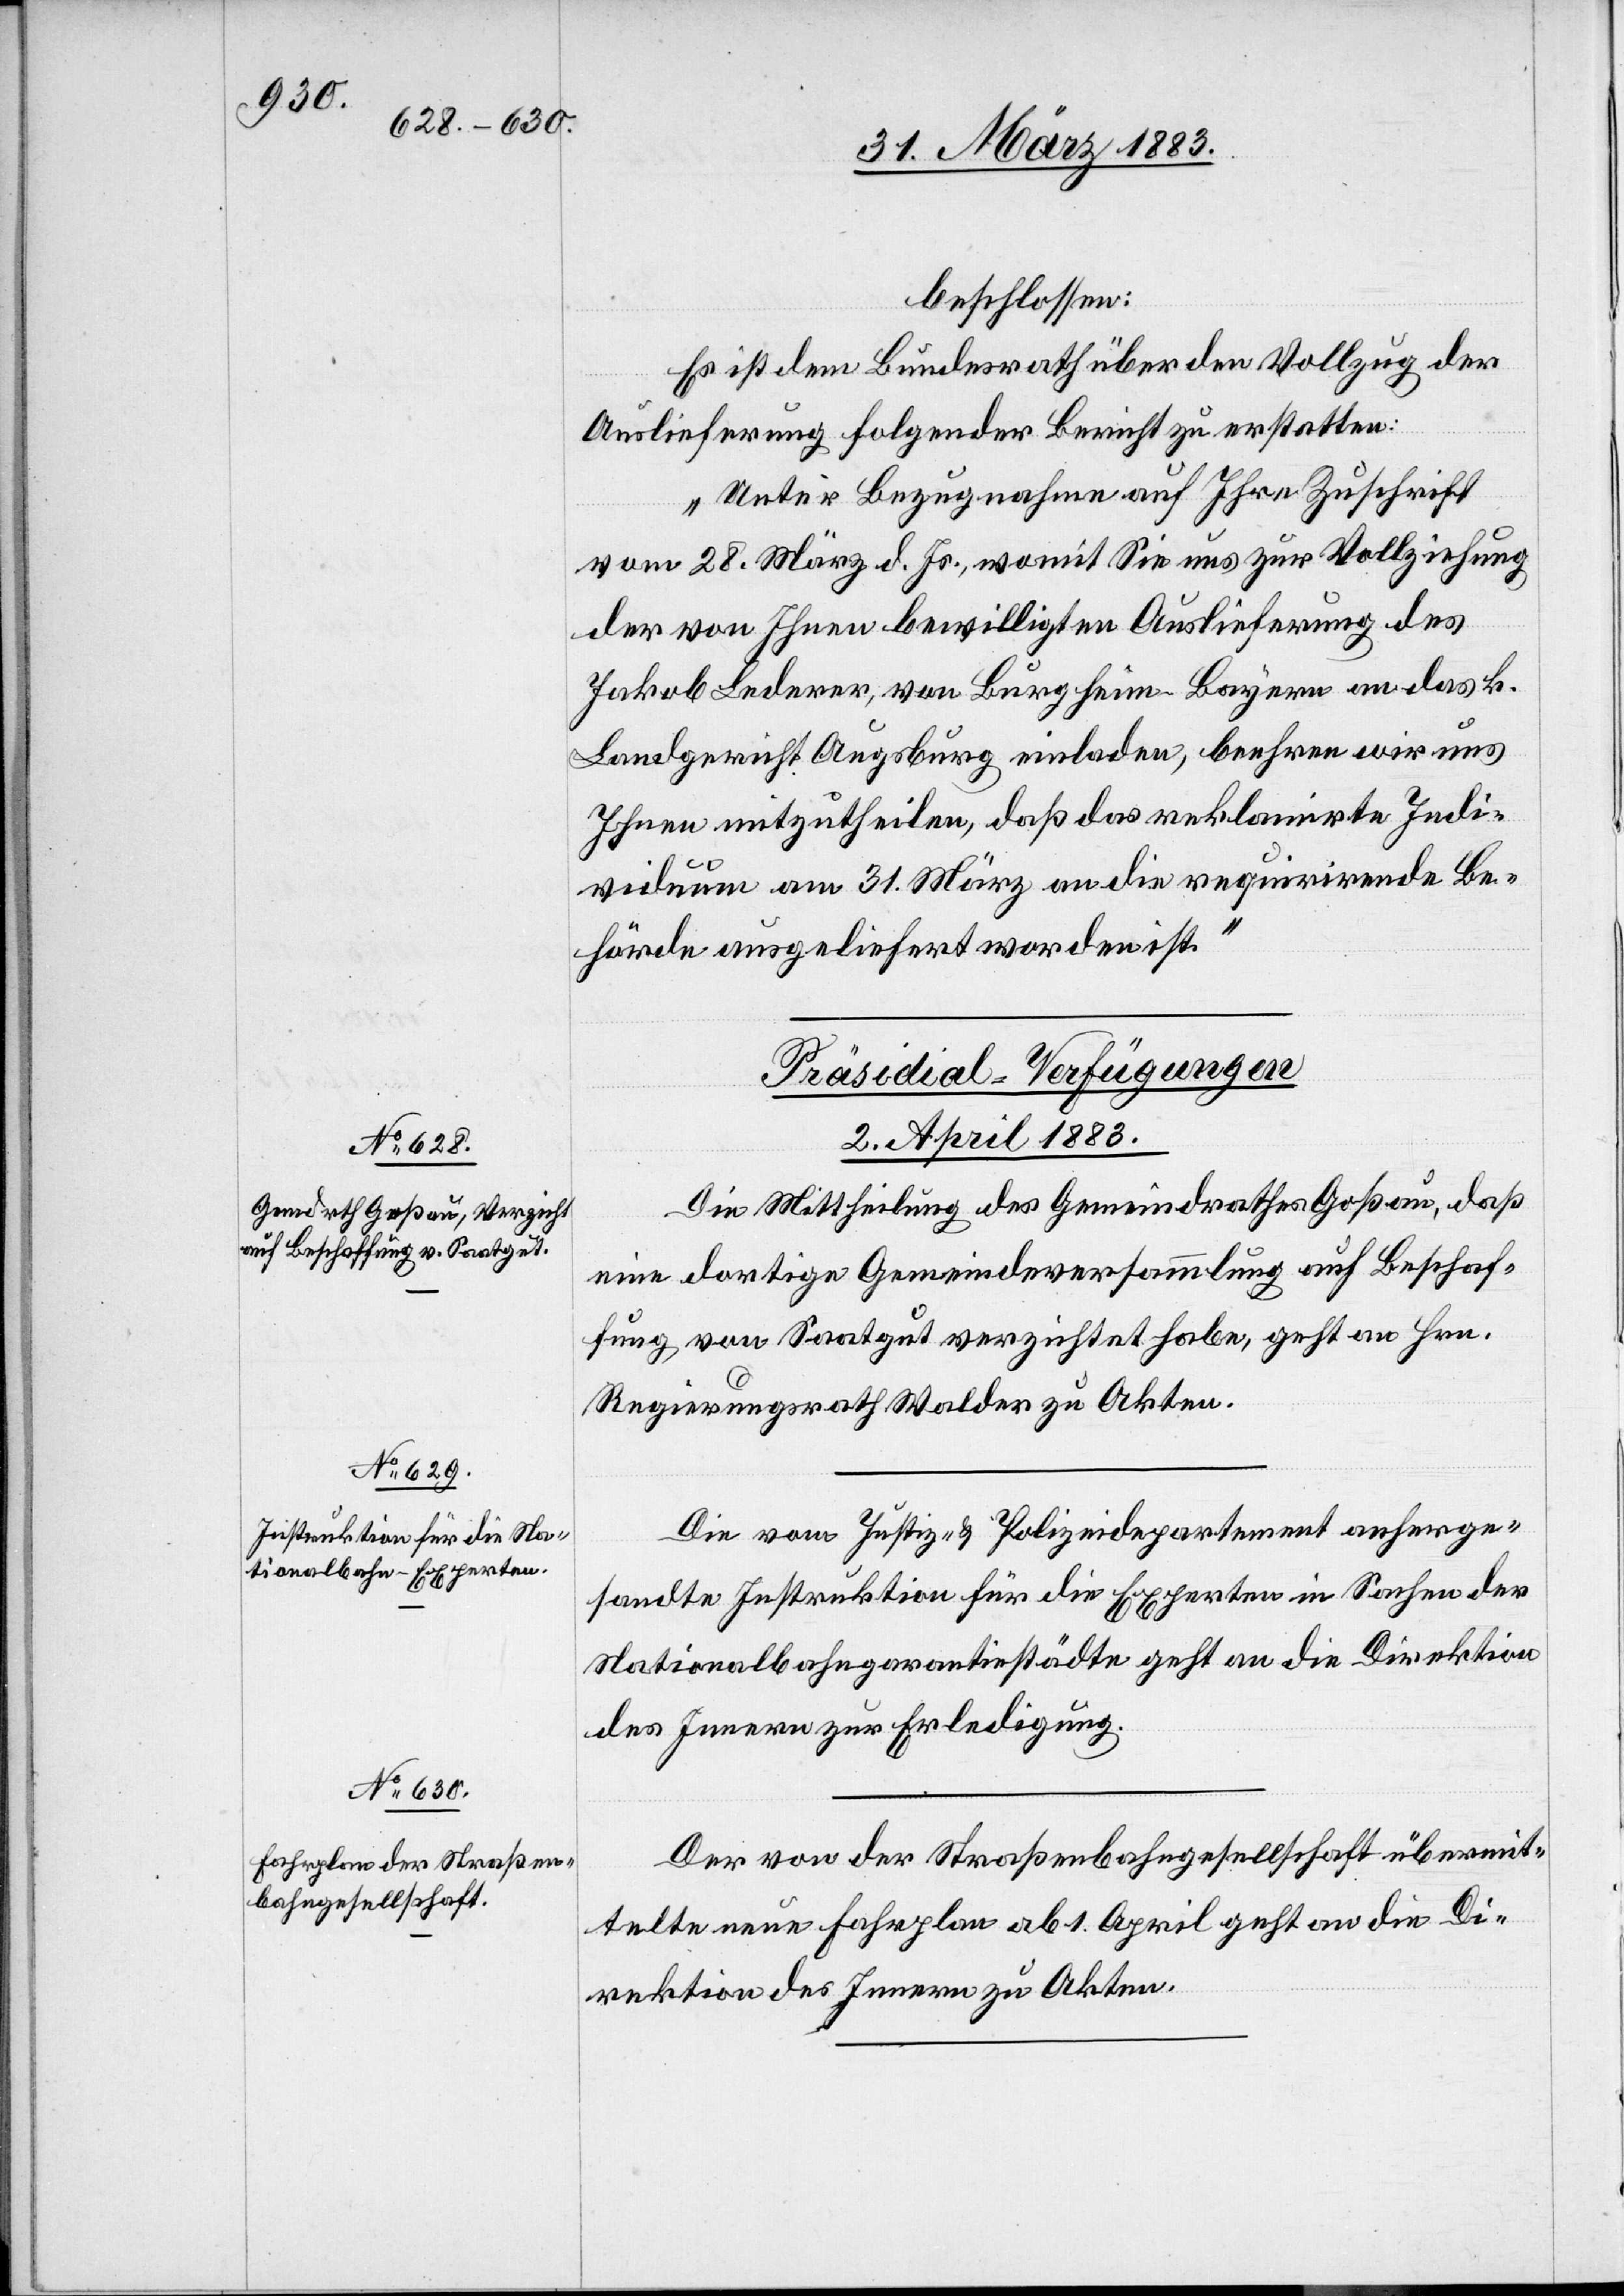
beschlossen:
Es ist dem Bundesrath über den Vollzug der
Auslieferung folgender Bericht zu erstatten:
„Unter Bezugnahme auf Ihre Zuschrift
vom 28. März d. Js., womit Sie uns zur Vollziehung
der von Ihnen bewilligten Auslieferung des
Jakob Lederer, von Burgheim - Bayern an das k.
Landgericht Augsburg einladen, beehren wir uns
Ihnen mitzutheilen, daß das reklamirte Indi¬
viduum am 31. März an die requirirende Be¬
hörde ausgeliefert worden ist.“
[Präsidial-Verfügungen
2. April 1883.]
Die Mittheilung des Gemeindrathes Goßau, daß
eine dortige Gemeindeversammlung auf Beschaf¬
fung von Saatgut verzichtet habe, geht an Hrn.
Regierungsrath Walder zu Akten.
Die vom Justiz- & Polizeidepartement anherge¬
sandte Instruktion für die Experten in Sachen der
Nationalbahngarantiestädte geht an die Direktion
des Innern zur Erledigung.
Der von der Straßenbahngesellschaft übermit¬
telte neue Fahrplan ab 1. April geht an die Di¬
rektion des Innern zu Akten.